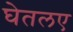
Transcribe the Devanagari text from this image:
घेतलए